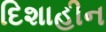
દિશાહીન